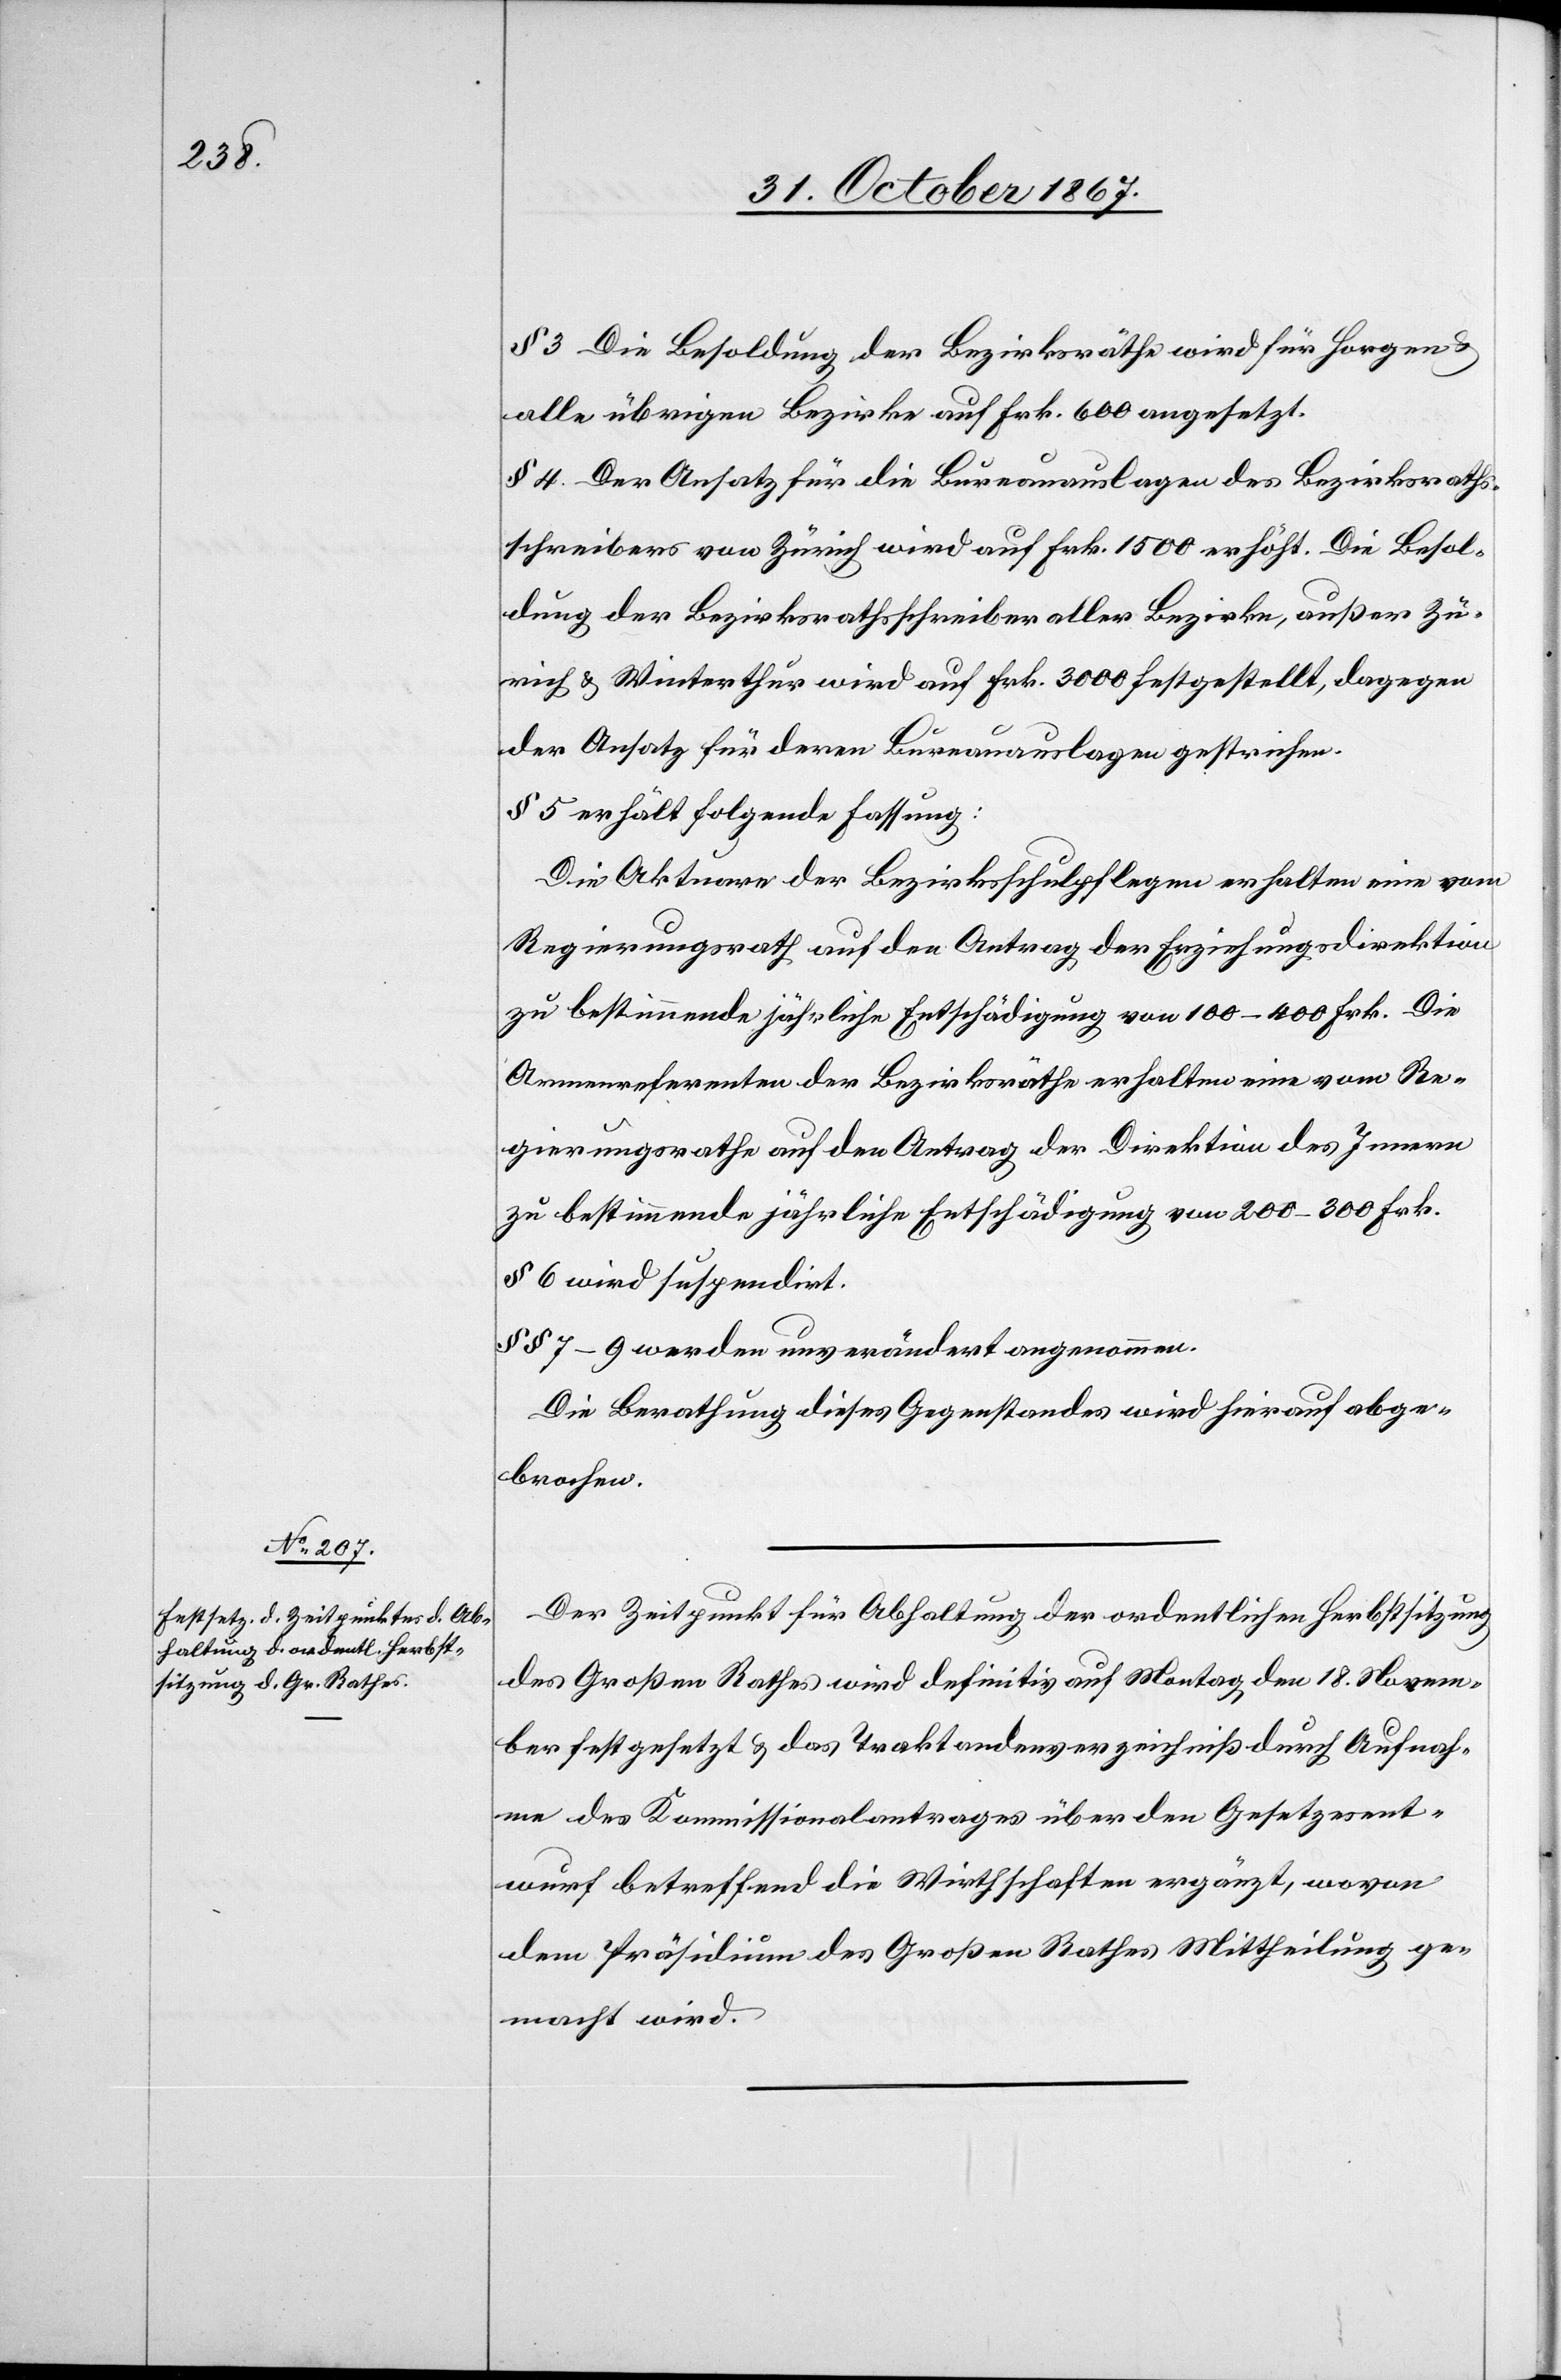
§ 3 Die Besoldung der Bezirksräthe wird für Horgen u.
alle übrigen Bezirke auf Frk. 600 angesetzt.
§ 4. Der Ansatz für die Bureauauslagen des Bezirksraths¬
schreibers von Zürich wird auf Frk. 1500 erhöht. Die Besol¬
dung der Bezirksrathsschreiber aller Bezirke, außer Zü¬
rich u. Winterthur wird auf Frk. 3000 festgestellt, dagegen
der Ansatz für deren Bureauauslagen gestrichen.
§ 5 erhält folgende Fassung:
Die Aktuare der Bezirksschulpflegen erhalten eine vom
Regierungsrath auf den Antrag der Erziehungsdirektion
zu bestimmende jährliche Entschädigung von 100–400 Frk. Die
Armenreferenten der Bezirksräthe erhalten eine vom Re¬
gierungsrathe auf den Antrag der Direktion des Innern
zu bestimmende jährliche Entschädigung von 200–300 Frk.
§ 6 wird suspendirt.
§ § 7–9 werden unverändert angenommen.
Die Berathung dieses Gegenstandes wird hierauf abge¬
brochen.
Der Zeitpunkt für Abhaltung der ordentlichen Herbstsitzung
des Großen Rathes wird definitiv auf Montag, den 18. Novem¬
ber festgesetzt u. das Traktandenverzeichniß durch Aufnah¬
me des Kommissionalantrages über den Gesetzesent¬
wurf betreffend die Wirthschaften ergänzt, wovon
dem Präsidium des Großen Rathes Mittheilung ge¬
macht wird.